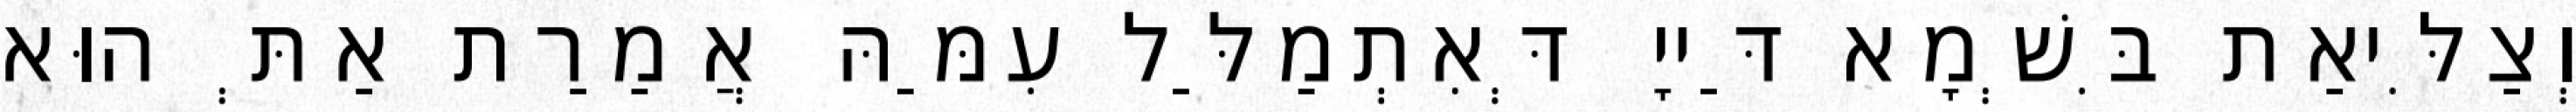
וְצַלִּיאַת בִּשְׁמָא דַּייָ דְּאִתְמַלַּל עִמַּהּ אֲמַרַת אַתְּ הוּא